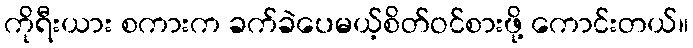
ကိုရီးယား စကားက ခက်ခဲပေမယ့်စိတ်ဝင်စားဖို့ ကောင်းတယ်။